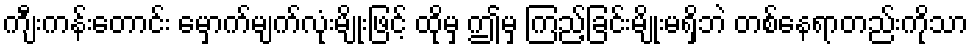
ကျီးကန်းတောင်း မှောက်မျက်လုံးမျိုးဖြင့် ထိုမှ ဤမှ ကြည့်ခြင်းမျိုးမရှိဘဲ တစ်နေရာတည်းကိုသာ